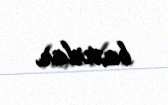
baxırlar.